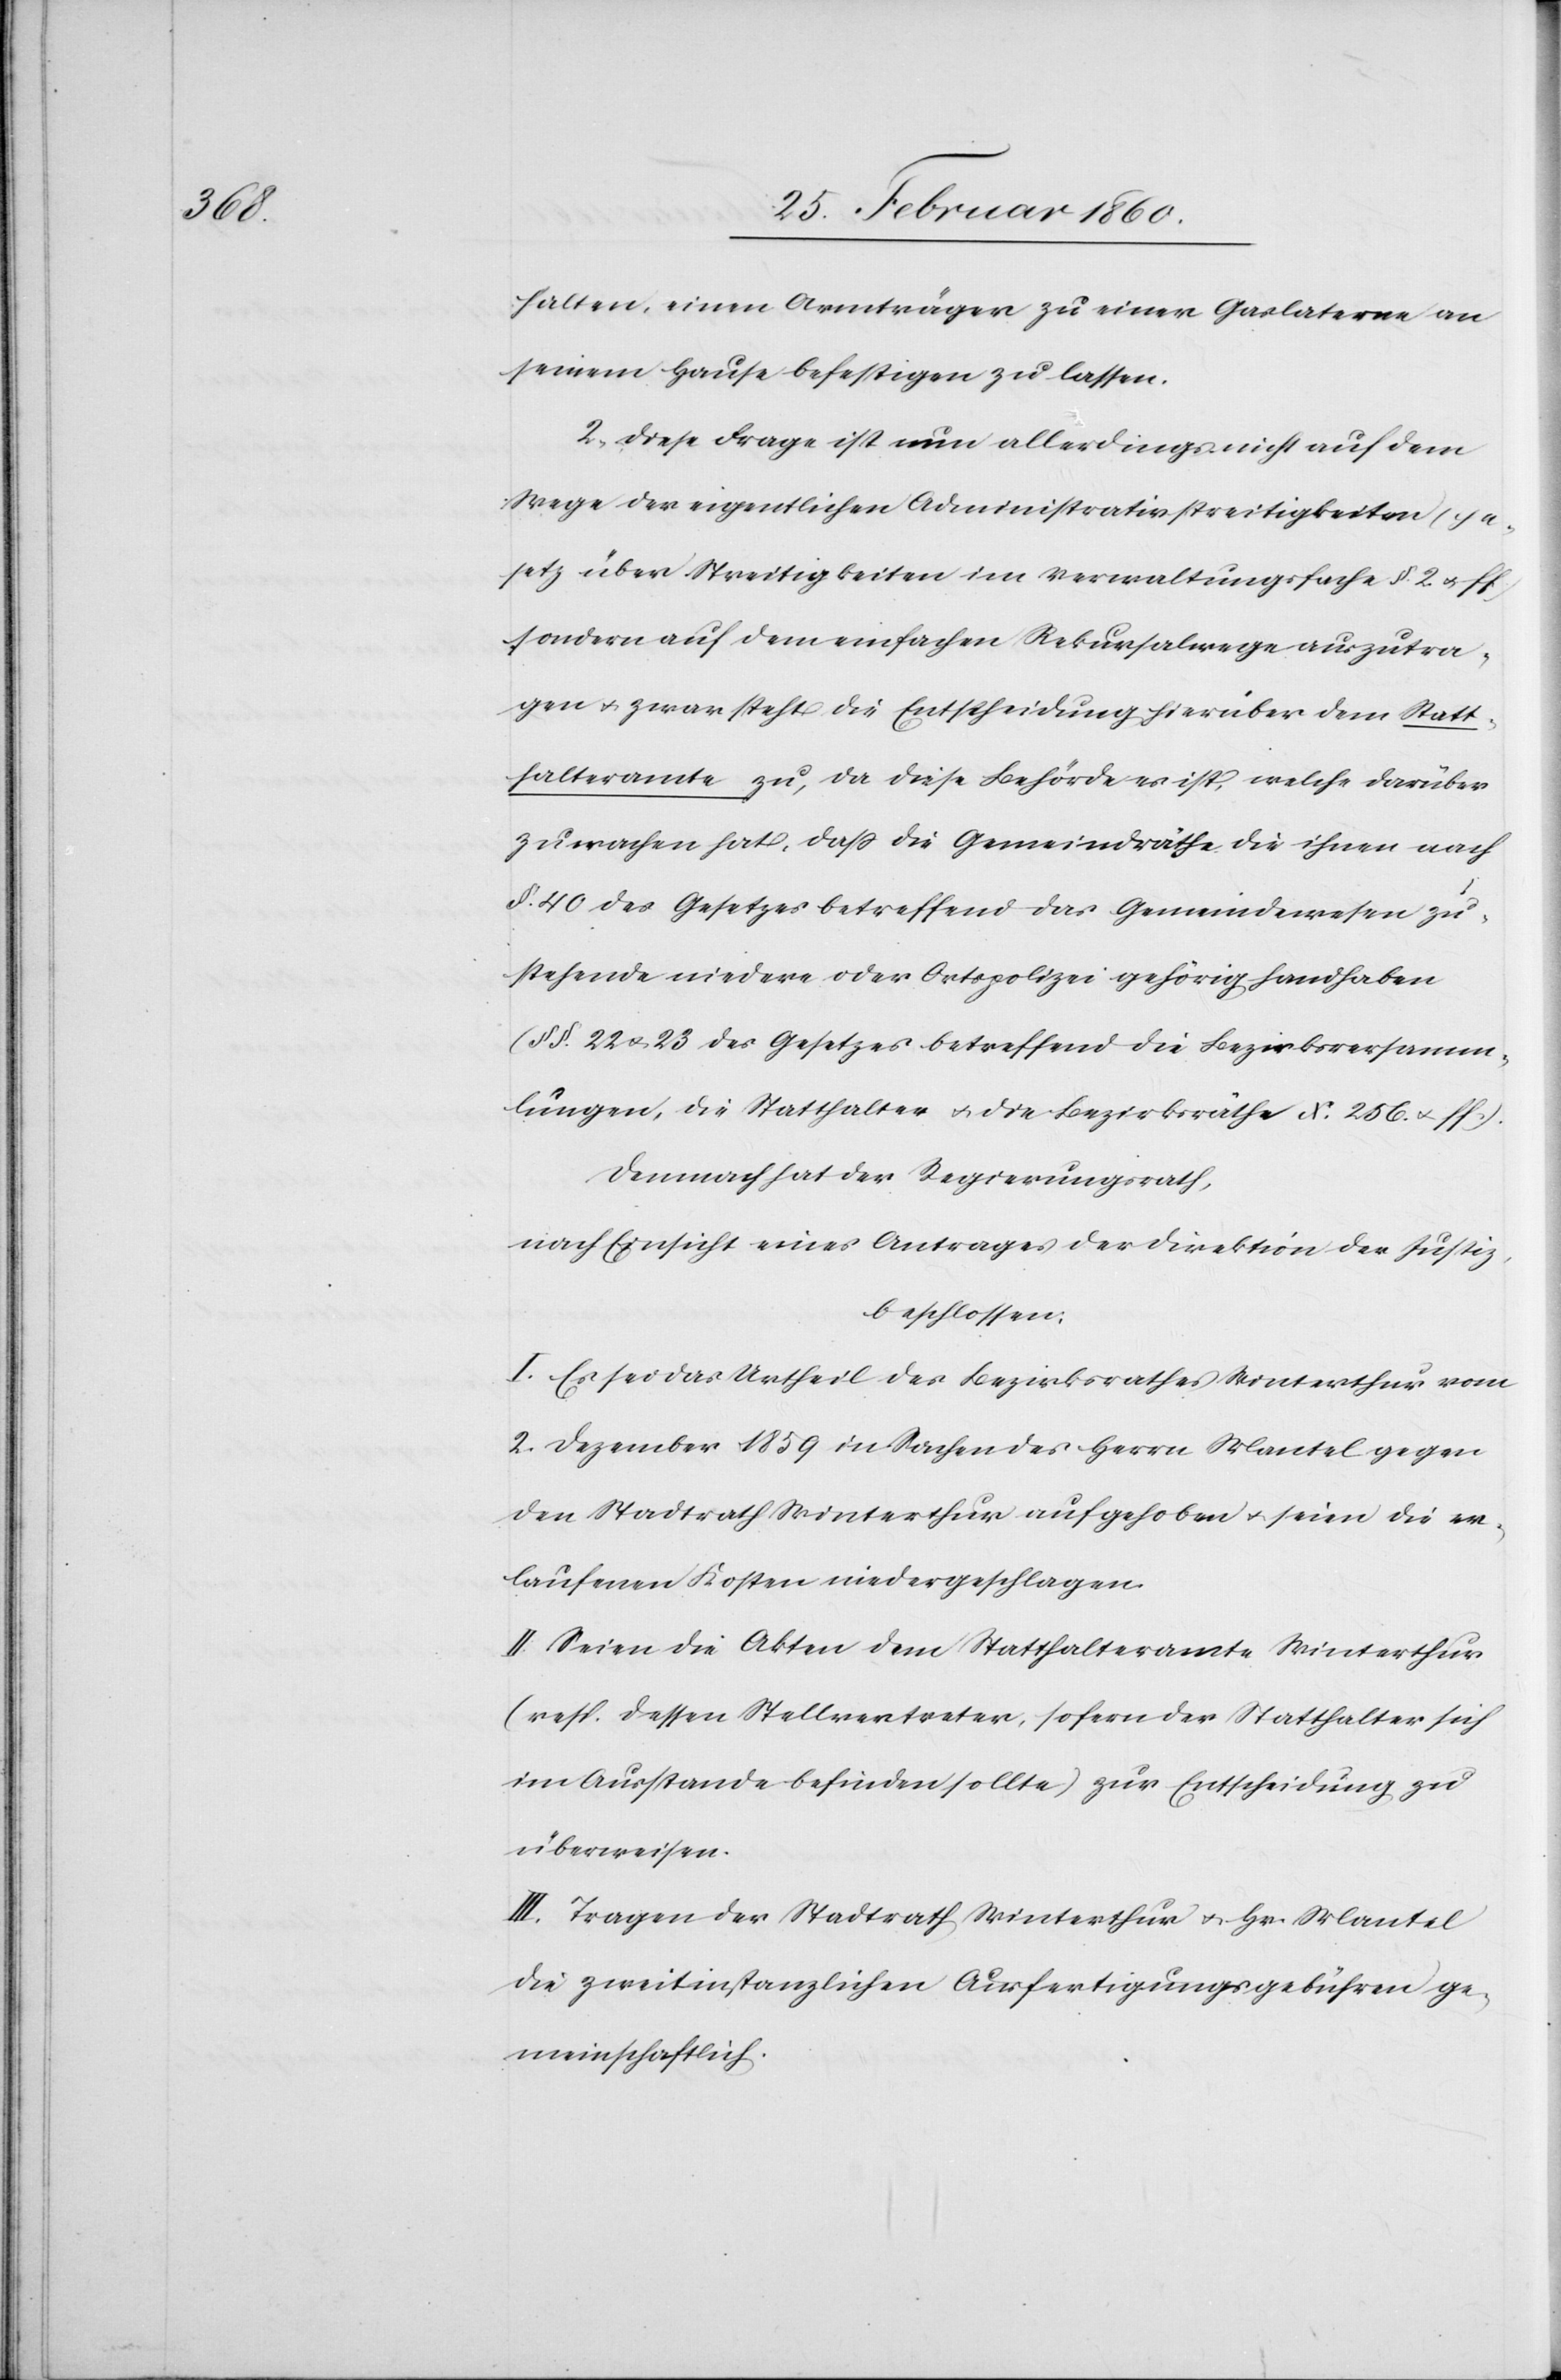
halten [sic!], einen Armträger zu einer Gaslaterne an
seinem Hause befestigen zu lassen.
2. Diese Frage ist nun allerdings nicht auf dem
Wege der eigentlichen Administrativstreitigkeiten [Ge¬
setz über Streitigkeiten im Verwaltungsfache §. 2. u. ff]
sondern auf dem einfachen Rekursalwege auszutra¬
gen u. zwar steht die Entscheidung hierüber dem Statt¬
halteramte zu, da diese Behörde es ist, welche darüber
zu wachen hat, dass die Gemeindräthe die ihnen nach
§. 40. des Gesetzes betreffend das Gemeindewesen zu¬
stehende niedere oder Ortspolizei gehörig handhaben
[§§. 22 u. 23. des Gesetzes betreffend die Bezirksversamm¬
lungen, die Statthalter u. die Bezirksräthe N 256 u. ff]
Demnach hat der Regierungsrath,
nach Einsicht eines Antrages der Direktion der Justiz,
beschlossen:
I. Es sei das Urtheil des Bezirksrathes Winterthur vom
2. Dezember 1859 in Sachen des Herrn Mantel gegen
den Stadtrath Winterthur aufgehoben u. seien die er¬
laufenen Kosten niedergeschlagen.
II. Seien die Akten dem Statthalteramte Winterthur
[resp. dessen Stellvertreter, sofern der Statthalter sich
im Ausstande befinden sollte] zur Entscheidung zu
überweisen.
III. Tragen der Stadtrath Winterthur u. Hr. Mantel
die zweitinstanzlichen Ausfertigungsgebühren ge¬
meinschaftlich.